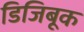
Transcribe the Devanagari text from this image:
डिजिबूक